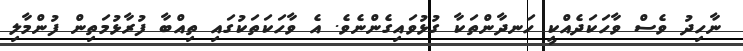
ނާހިދު ވެސް ވާހަކަދެއްކީ ހަނދާންތަކާ ގުޅުވައިގެންނެވެ. އެ ވާހަކަތަކުގައި ތިއްބާ ފުރާޅުމަތިން ފުންމާލި